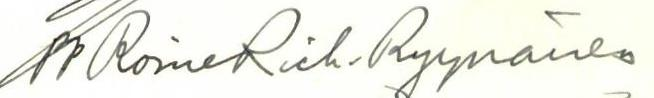
pp Roine Rich. Ryynänen